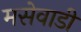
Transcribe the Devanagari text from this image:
मसेवाडी